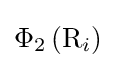
\Phi _{2}\left(\mathrm {R} _{i}\right)